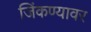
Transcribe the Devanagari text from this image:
जिंकण्यावर